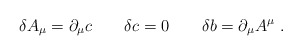
\begin{align*}\delta A_\mu =\partial _\mu c \qquad \delta c=0 \qquad \delta b=\partial_\mu A^\mu\ .\end{align*}